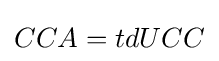
CCA=tdUCC